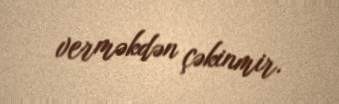
verməkdən çəkinmir.